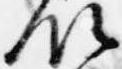
領